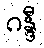
ဂန္ဒီ